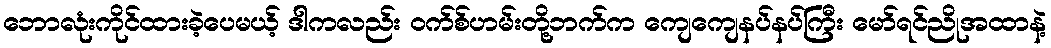
ဘောလုံးကိုင်ထားခဲ့ပေမယ့် ဒါကလည်း ဝက်စ်ဟမ်းတို့ဘက်က ကျေကျေနပ်နပ်ကြီး မော်ရင်ညိုအထာနဲ့